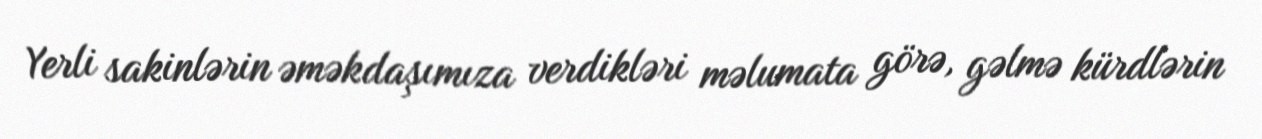
Yerli sakinlərin əməkdaşımıza verdikləri məlumata görə, gəlmə kürdlərin